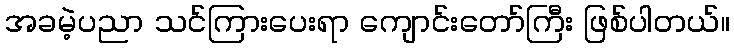
အခမဲ့ပညာ သင်ကြားပေးရာ ကျောင်းတော်ကြီး ဖြစ်ပါတယ်။